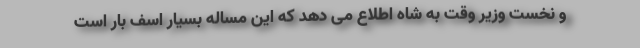
و نخست وزیر وقت به شاه اطلاع می دهد که این مساله بسیار اسف بار است